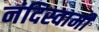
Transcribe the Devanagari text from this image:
नंदिस्वामी